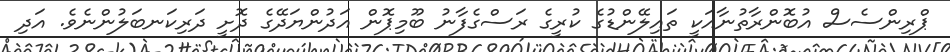
ޕްރިންސެސް އުބޮންރާތުނާއަކީ ތައިލޭންޑުގެ ކުރީގެ ރަސްގެފާނު ބޫމިޕޮން އަދުންޔަދޭގެ ދޮށީ ދަރިކަނބަލުންނެވެ. އަދި